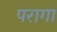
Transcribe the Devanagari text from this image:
परागा